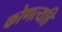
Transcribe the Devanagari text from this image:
कोणत्यहि